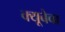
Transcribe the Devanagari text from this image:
क्यूबेबा